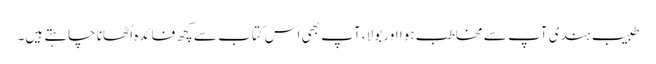
طبیب ہندی آپ سے مخاطب ہوا اور بولا، آپ بھی اس کتاب سے کچھ فائدہ اُٹھانا چاہتے ہیں۔